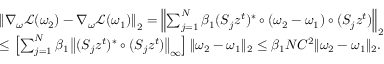
\begin{array} { r l } & { \left\| \nabla _ { \omega } \mathcal { L } ( \omega _ { 2 } ) - \nabla _ { \omega } \mathcal { L } ( \omega _ { 1 } ) \right\| _ { 2 } = \left\| \sum _ { j = 1 } ^ { N } \beta _ { 1 } ( S _ { j } z ^ { t } ) ^ { * } \circ ( \omega _ { 2 } - \omega _ { 1 } ) \circ ( S _ { j } z ^ { t } ) \right\| _ { 2 } } \\ & { \leq \left[ \sum _ { j = 1 } ^ { N } \beta _ { 1 } \left\| ( S _ { j } z ^ { t } ) ^ { * } \circ ( S _ { j } z ^ { t } ) \right\| _ { \infty } \right] \| \omega _ { 2 } - \omega _ { 1 } \| _ { 2 } \leq \beta _ { 1 } N C ^ { 2 } \| \omega _ { 2 } - \omega _ { 1 } \| _ { 2 } . } \end{array}